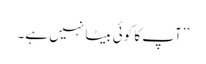
’’آپ کا کوئی بیٹا نہیں ہے۔